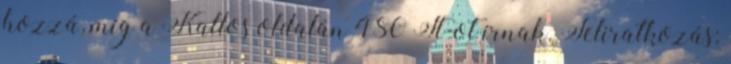
hozzá, míg a Kallos oldalán 480 Ft-ot írnak. Feliratkozás: